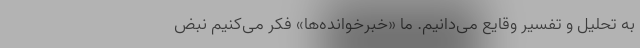
به تحلیل و تفسیر وقایع می‌دانیم. ما «خبرخوانده‌ها» فکر می‌کنیم نبض